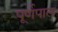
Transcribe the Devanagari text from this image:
पूर्णपाल